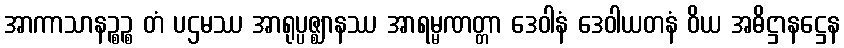
အာကာသာနဉ္စဉ္စ တံ ပဌမဿ အာရုပ္ပဇ္ဈာနဿ အာရမ္မဏတ္တာ ဒေဝါနံ ဒေဝါယတနံ ဝိယ အဓိဋ္ဌာနဋ္ဌေန